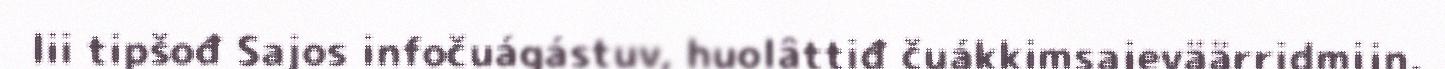
lii tipšođ Sajos infočuágástuv, huolâttiđ čuákkimsajeväärridmijn,